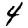
Digit: 4